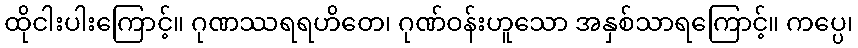
ထိုငါးပါးကြောင့်။ ဂုဏဿရရဟိတေ၊ ဂုဏ်ဝန်းဟူသော အနှစ်သာရကြောင့်။ ကပ္ပေ၊